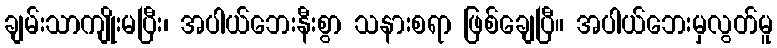
ချမ်းသာကျိုးမပြီး၊ အပါယ်ဘေးနီးစွာ သနားစရာ ဖြစ်ချေပြီ။ အပါယ်ဘေးမှလွတ်မူ